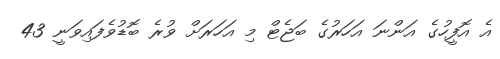
އެ އޮފީހުގެ އަންނަ އަހަރުގެ ބަޖެޓް މި އަހަރަށް ވުރެ ބޮޑުވެފައިވަނީ 43